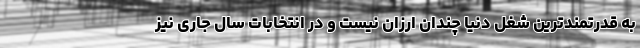
به قدرتمندترین شغل دنیا چندان ارزان نیست و در انتخابات سال جاری نیز